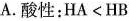
A.酸性：HA<HB